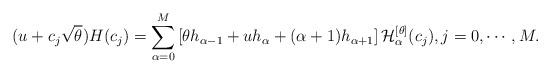
LaTeX: \begin{align*} (u + c_j \sqrt{\theta}) H(c_j) = \sum_{\alpha=0}^M \left[ \theta h_{\alpha-1} + u h_{\alpha} + (\alpha + 1) h_{\alpha + 1}\right] \mathcal{H}^{[\theta]}_{\alpha} (c_j), j = 0, \cdots, M.\end{align*}